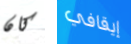
كان إيقافي